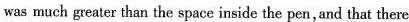
was much greater than the space inside the pen, and that there